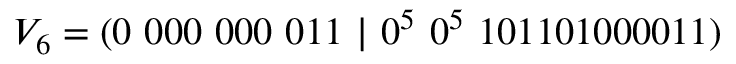
V _ { 6 } = ( 0 \ 0 0 0 \ 0 0 0 \ 0 1 1 \ | \ 0 ^ { 5 } \ 0 ^ { 5 } \ 1 0 1 1 0 1 0 0 0 0 1 1 )